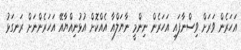
އަހަރެން ވަރަށް ވިސްނާފައި އަހަރެން ނިންމީ ނާޔަލްއާ އެއްކޮށް އުޅުނިއްޔާއޭ އަހަރެންނަށް ރަނގަޅު